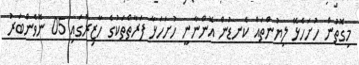
މިގޮތުން ހުށަހެޅޭ ލިޔުންތައް ކެނޑުން އޮންނާނީ ހުށަހަޅާ ފަރާތްތަކުގެ ހާޒިރުގައި 05 ނޮވެންބަރު